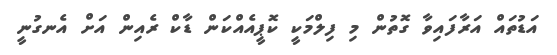
އަޑުތައް އަރާފައިވާ ގޮތުން މި ފިލްމަކީ ކޮޕީއެއްކަން ޑާކް ރެއިން އަށް އެނގުނީ